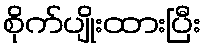
စိုက်ပျိုးထားပြီး